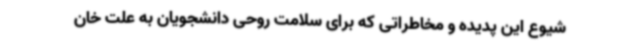
شیوع این پدیده و مخاطراتی که برای سلامت روحی دانشجویان به علت خان